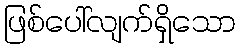
ဖြစ်ပေါ်လျက်ရှိသော